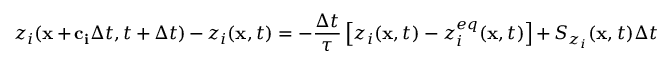
z _ { i } ( \mathbf { x } + \mathbf { c _ { i } } \Delta t , t + \Delta t ) - z _ { i } ( \mathbf { x } , t ) = - \frac { \Delta t } { \tau } \left[ z _ { i } ( \mathbf { x } , t ) - z _ { i } ^ { e q } ( \mathbf { x } , t ) \right] + S _ { z _ { i } } ( \mathbf { x } , t ) \Delta t